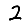
Digit: 2